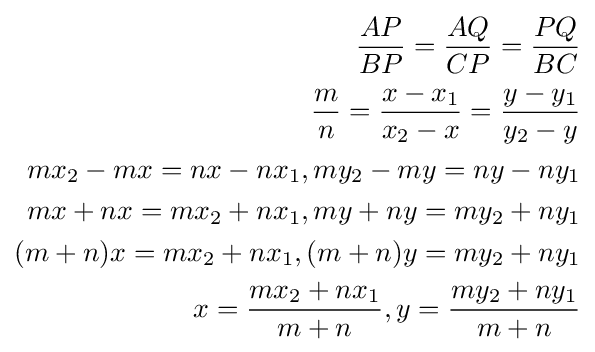
{\begin{aligned}{\frac {AP}{BP}}={\frac {AQ}{CP}}={\frac {PQ}{BC}}\\{\frac {m}{n}}={\frac {x-x_{1}}{x_{2}-x}}={\frac {y-y_{1}}{y_{2}-y}}\\mx_{2}-mx=nx-nx_{1},my_{2}-my=ny-ny_{1}\\mx+nx=mx_{2}+nx_{1},my+ny=my_{2}+ny_{1}\\(m+n)x=mx_{2}+nx_{1},(m+n)y=my_{2}+ny_{1}\\x={\frac {mx_{2}+nx_{1}}{m+n}},y={\frac {my_{2}+ny_{1}}{m+n}}\\\end{aligned}}